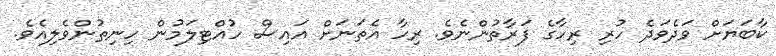
ކާބަޔަށް ވަދެވަދެ ހުރި ރިހާގެ ފަރާތުންނެވެ. ރިހާ އެތަނަށް އައިސް ހުއްޓިލަމުން ހިނިތުންވެލިއެވެ.